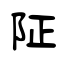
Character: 阷